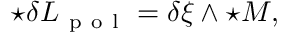
{ \star { \delta \cal L } _ { \mathrm { ~ p ~ o ~ l ~ } } } = \delta \xi \wedge { \star { \cal M } } ,